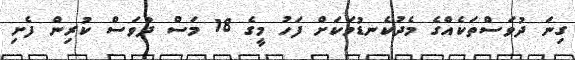
ގިނަ ދުވަސްތަކެއްގެ މެދުކެނޑުމަކަށް ފަހު މީގެ 18 މަސް ދުވަސް ކުރިން ފެށި